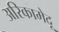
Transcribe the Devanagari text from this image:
अरिकामेदू